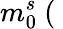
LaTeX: m_{0}^{s}~(\